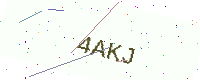
Text: 4AKJ